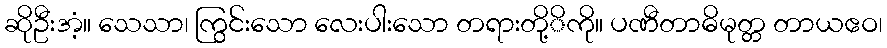
ဆိုဦးအံ့။ သေသာ၊ ကြွင်းသော လေးပါးသော တရားတို့ိကို။ ပဏီတာဓိမုတ္တ တာယဧဝ၊